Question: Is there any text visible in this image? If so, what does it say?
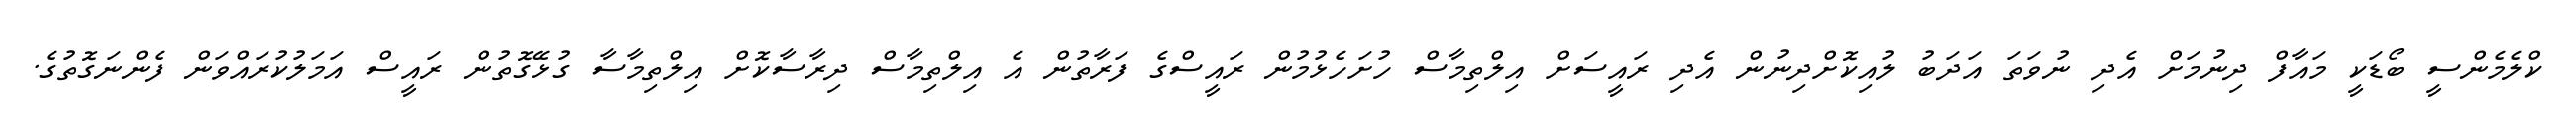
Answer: ކްލެމެންސީ ބޯޑަކީ މައާފް ދިނުމަށް އެދި ނުވަތަ އަދަބު ލުއިކޮށްދިނުން އެދި ރައީސަށް އިލްތިމާސް ހުށަހެޅުމުން ރައީސްގެ ފަރާތުން އެ އިލްތިމާސް ދިރާސާކޮށް އިލްތިމާސާ ގުޅޭގޮތުން ރައީސް އަމަލުކުރައްވަން ފެންނަގޮތުގެ.